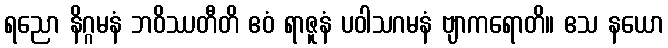
ရညော နိဂ္ဂမနံ ဘဝိဿတီတိ ဧဝံ ရာဇူနံ ပဝါသဂမနံ ဗျာကရောတိ။ ဧသ နယော